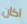
اكان